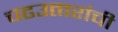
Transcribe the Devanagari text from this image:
चढउतारांची